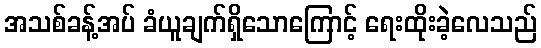
အသစ်ခန့်အပ် ခံယူချက်ရှိသောကြောင့် ရေးထိုးခဲ့လေသည်